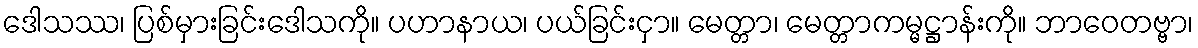
ဒေါသဿ၊ ပြစ်မှားခြင်းဒေါသကို။ ပဟာနာယ၊ ပယ်ခြင်းငှာ။ မေတ္တာ၊ မေတ္တာကမ္မဋ္ဌာန်းကို။ ဘာဝေတဗ္ဗာ၊